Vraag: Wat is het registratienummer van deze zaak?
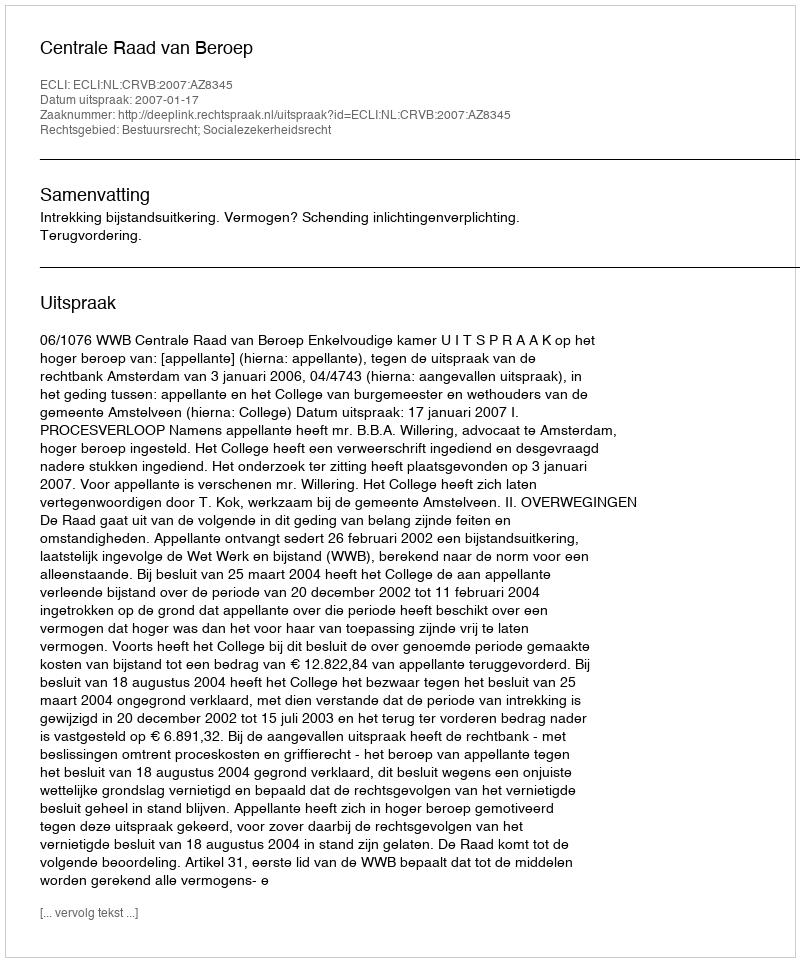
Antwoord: http://deeplink.rechtspraak.nl/uitspraak?id=ECLI:NL:CRVB:2007:AZ8345